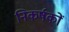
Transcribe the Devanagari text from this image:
निकर्षकों